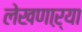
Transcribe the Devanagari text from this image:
लेखणाऱ्या